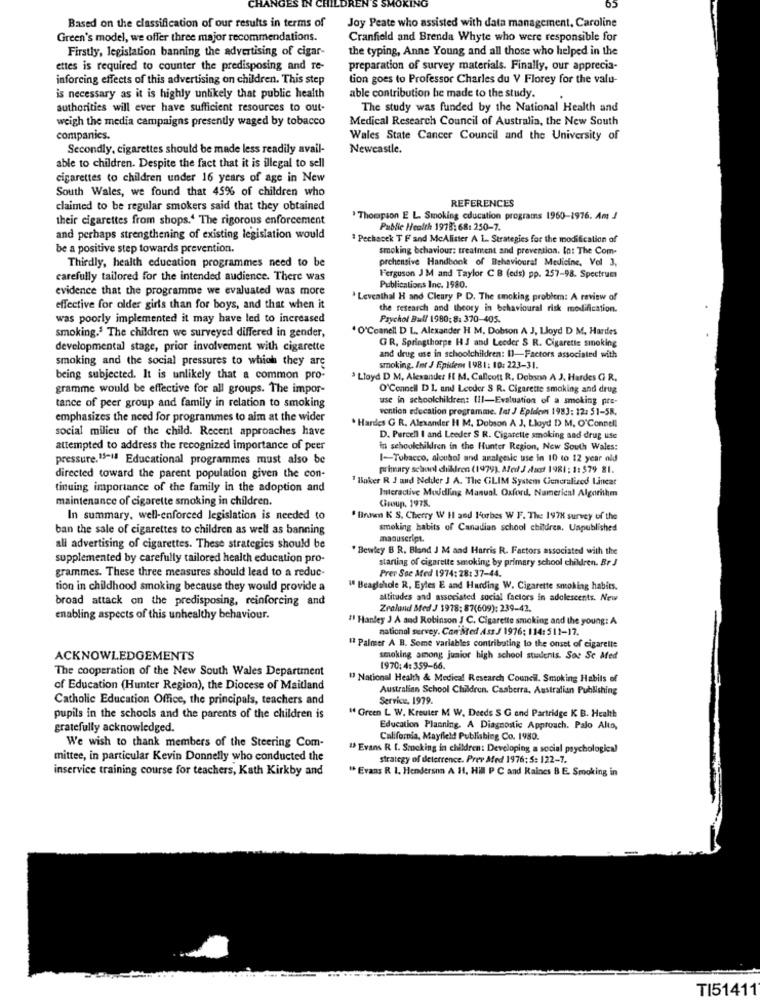
Based on the classification of our results in terms of
Joy Peate who assisted with data management, Caroline
Green's model, we offer three major recommendations.
Cranfield and Brenda Whyte who were responsible for
Firstly, legislation banning the advertising of cigar-
the typing, Anne Young and all those who helped in the
ettes is required to counter the predisposing and re-
preparation of survey materials. Finally, our apprecia-
inforcing effects of this advertising on children. This step
tion goes to Professor Charles du V Florey for the valu-
is necessary as it is highly unlikely that public health
able contribution be made to the study.
authorities will ever have sufficient resources to out
The study was funded by the National Health and
weigh the media campaigns presently waged by tobacco
Medical Research Council of Australia, the New South
companics.
Wales State Cancer Council and the University of
Secondly, cigarettes should be made less readily avail-
Newcastle.
able to children. Despite the fact that it is illegal to sell
cigarettes to children under 16 years of age in New
South Wales, we found that 45% of children who
REFERENCES
claimed to be regular smokers said that they obtained
their cigarettes from shops.' The rigorous enforcement
Thompson E L. Smoking education programs 1960-1976. Am J
Public Health 1978: 68: 250-7.
and perhaps strengthening of existing legislation would
Pechacck T F and McAlister A L. Strategies for the modification of
be a positive step towards prevention.
smoking behaviour: treatment and prevention. In: The Com-
Thirdly, health education programmes need to be
prchensive Handbook of Behavioural Medicine, Vol 3,
carefully tailored for the intended audience. There was
Ferguson J M and Taylor C B (eds) pp. 257-98. Spectrum
evidence that the programme we evaluated was more
Publications Inc. 1980.
Leventhal H and Cleary P D. The smoking problem: A review of
effective for older girls than for boys, and that when it
the research and theory in behavioural risk modification.
was poorly implemented it may have led to increased
Psychol Bull 1980: 8: 370-405.
' O'Connell D L, Alexander H M, Dobson A J, Lloyd D M. Hardes
smoking. The children we surveyed differed in gender,
GR, Springthorpe H J and Leeder S R. Cigarette smoking
developmental stage, prior involvement with cigarette
smoking and the social pressures to which they are
and drug use in schoolchildren: Il-Factors associated with
smoking. Int J Epidem 1981: 10: 223-31.
being subjected. It is unlikely that a common pro-
' Lloyd D M, Alexander fl M. Callcott R. Dobonn A J. Hardes G R.
gramme would be effective for all groups. The impor-
O'Connell DI, and Leoder S R. Cigarette smoking and drug
use in schoolchildren: Ill-Evaluation of a smoking pre-
tance of peer group and family in relation to smoking
vention education programme. Int J Epidem 1983: 12: 51-58.
emphasizes the need for programmes to aim at the wider
social milieu of the child. Recent approaches have
. Hardes G R. Alexander H M. Dobson A J, Lloyd D> M. O'Connell
D. Purcell I and Leeder S R. Cigarette smoking and drug use
attempted to address the recognized importance of peer
in schoolchildren in the Hunter Region, New South Wales:
pressure.15-14 Educational programmes must also be
1-Tubacco, aloubol and analgesic use in 10 to 12 year old
primary school chillren (1979). Med J dust 1981: 1: 579 81.
directed toward the parent population given the con-
" Baker R J and Nelder J A. The GLIM System Generalized Lineat
tinuing importance of the family in the adoption and
Interactive Meddling Manual Oxford, Numerical Algorithm
maintenance of cigarette smoking in children.
Group, 1978.
In summary, well-enforced legislation is needed to
" Binam K S, Cherry W Hl and Forbes W F. The 197K survey of the
ban the sale of cigarettes to children as well as banning
smoking habits of Canadian school children. Unpublished
manuscript.
all advertising of cigarettes. These strategies should be
" Bewley B R. Bland J M and Harris R. Factors associated with the
supplemented by carefully tailored health education pro-
starting of cigarette smoking by primary school children. Br J
grammes. These three measures should lead to a reduc-
Prer Suc Ated 1974: 28: 37-44.
tion in childhood smoking because they would provide a
1º Beaglehole R, Eyles E and Hurding W. Cigarette smoking habits.
broad attack on the predisposing, reinforcing and
attitudes and associated social factors in adolescents. New
Zealand Med J 1978; 87(609): 239-42.
enabling aspects of this unhealthy behaviour.
"1 Hanley J A and Robinson J C. Cigarette smoking and the young: A
national servey. Con Med Ass J 1976: 114: 511-17.
## Palmer A B. Some variables contributing to the onset of cigarelle
ACKNOWLEDGEMENTS
smoking among junior high school students. Soc Sc Med
The cooperation of the New South Wales Department
1970: 4: 359-66.
" National Health & Medical Research Council. Smoking Habits of
of Education (Hunter Region), the Diocese of Maitland
Australian School Children. Caaberra, Australian Publishing
Catholic Education Office, the principals, teachers and
Service, 1979.
" Green L W. Kreuter M W. Deeds S G and Partridge K B. Health
pupils in the schools and the parents of the children is
gratefully acknowledged.
Education Planning. A Diagnostic Approach. Palo Alto,
California, Mayfield Publishing Co. 1980.
We wish to thank members of the Steering Com-
" Evans R [. Smoking in children: Developing a social psychologiea)
mittee, in particular Kevin Donnelly who conducted the
strategy of deterrence. Prev Afed 1976: 5: 122-7.
inservice training course for teachers, Kath Kirkby and
" Evans R. I. Henderson A 1, Hill P C and Raines B E. Smoking in
-
TI51411